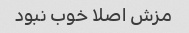
مزش اصلا خوب نبود